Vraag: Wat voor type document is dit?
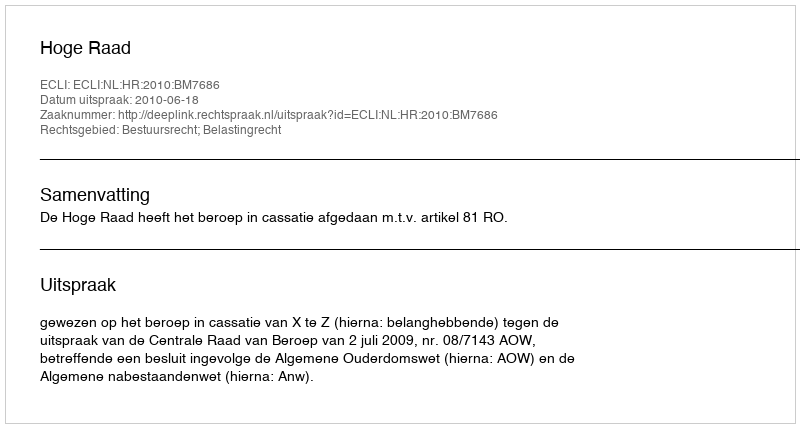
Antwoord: Uitspraak